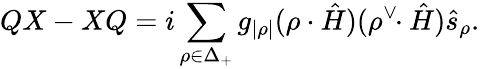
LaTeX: QX-XQ=i\sum_{\rho\in\Delta_{+}}g_{|\rho|}(\rho\cdot\hat{H})(\rho^{\vee}\! \! \cdot\hat{H})\hat{s}_{\rho}.